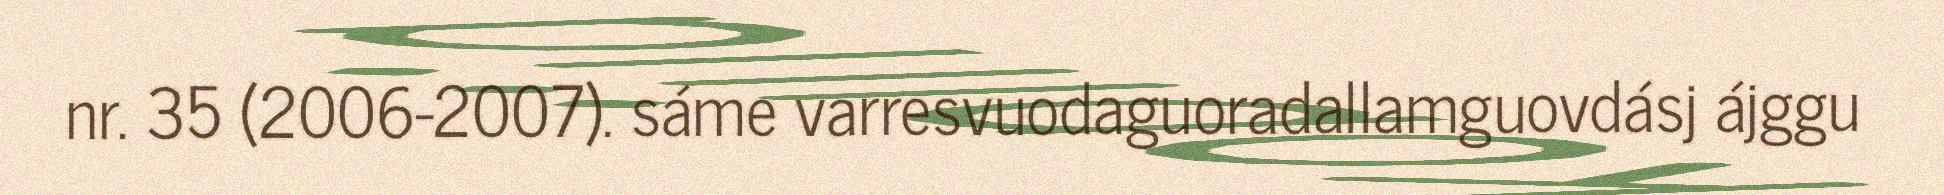
nr. 35 (2006-2007). sáme varresvuodaguoradallamguovdásj ájggu